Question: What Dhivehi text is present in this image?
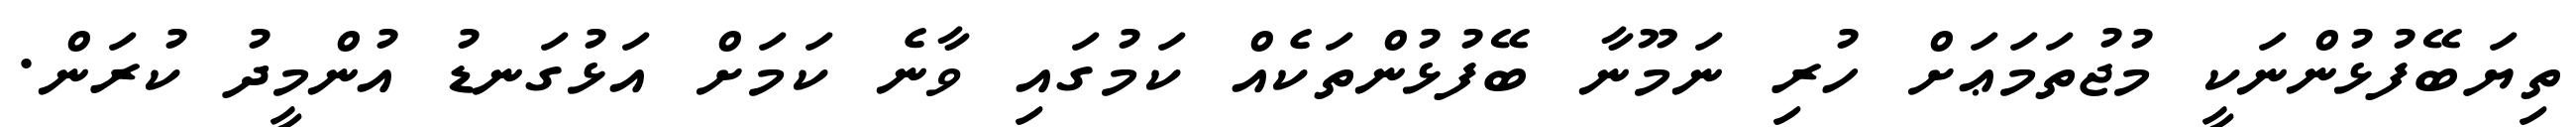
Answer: ތިޔަބޭފުޅުންނަކީ މުޖުތަމަޢަށް ހުރި ނަމޫނާ ބޭފުޅުންތަކެއް ކަމުގައި ވާނެ ކަމަށް އަޅުގަނޑު އުންމީދު ކުރަން.